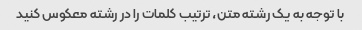
با توجه به یک رشته متن، ترتیب کلمات را در رشته معکوس کنید